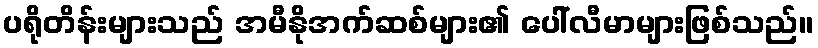
ပရိုတိန်းများသည် အမီနိုအက်ဆစ်များ၏ ပေါ်လီမာများဖြစ်သည်။